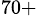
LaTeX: ^{70+}